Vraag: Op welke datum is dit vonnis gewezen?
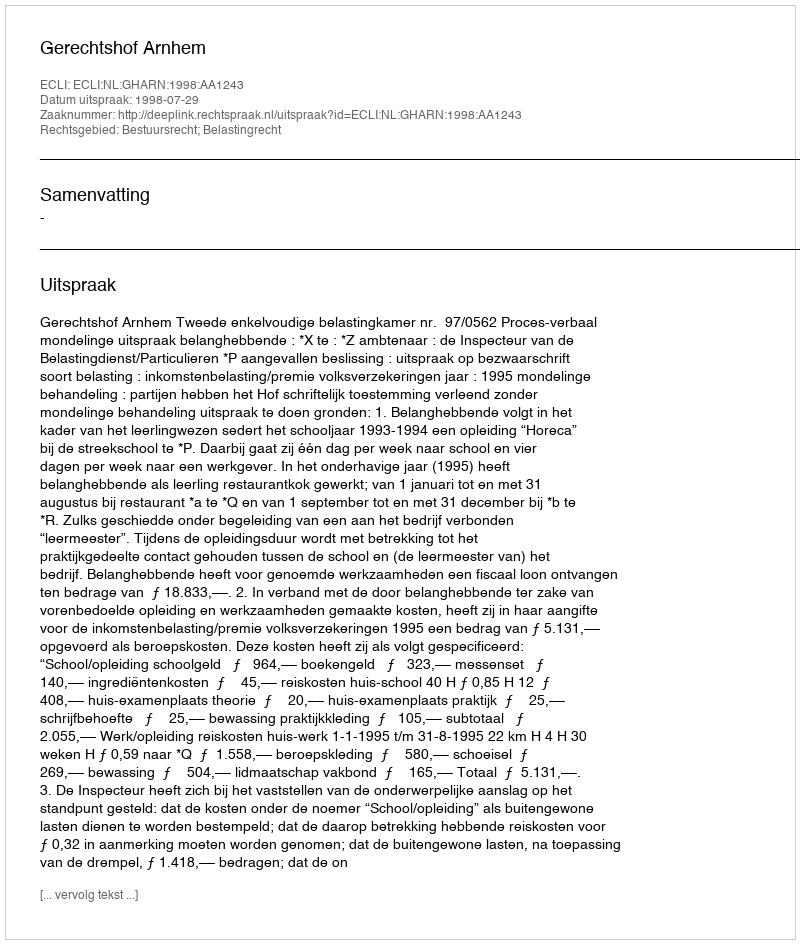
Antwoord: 1998-07-29